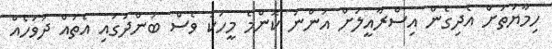
ހިމާޔަތަށް އެދިގެން އިސްރާއީލަށް އަންނަ ކޮންމެ މީހަކު ވެސް ބަންދުގައި އެތައް ދުވަހެއް